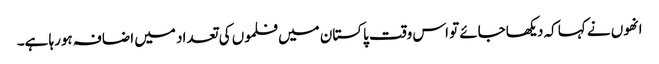
انھوں نے کہا کہ دیکھاجائے تو اس وقت پاکستان میں فلموں کی تعداد میں اضافہ ہورہا ہے۔